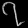
Digit: ၇